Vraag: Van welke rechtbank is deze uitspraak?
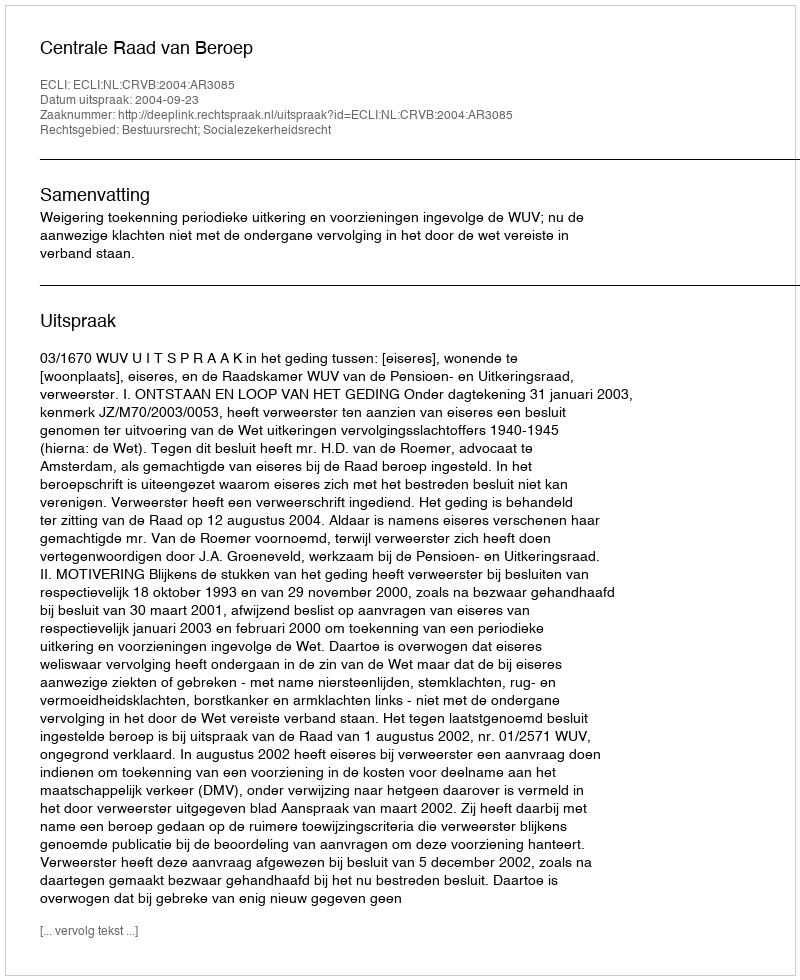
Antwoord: Centrale Raad van Beroep